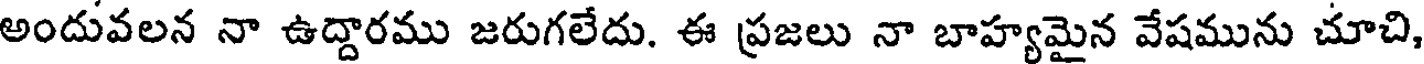
అందువలన నా ఉద్దారము జరుగలేదు. ఈ ప్రజలు నా బాహ్యమైన వేషమును చూచి,